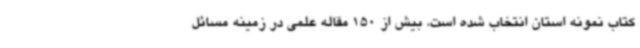
کتاب نمونه استان انتخاب شده است، بیش از 150 مقاله علمی در زمینه مسائل